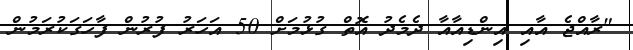
"ރާއްޖެ އާއި އިންޑިއާއާ ދެމެދު އޮތް ގުޅުމަށް 50 އަހަރު ފުރުން ފާހަގަކުރަމުން